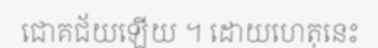
ជោគជ័យឡើយ ។ ដោយហេតុនេះ